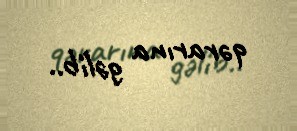
qərarına gəlib..